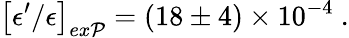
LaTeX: \left[\epsilon^{\prime}/\epsilon\right]_{ex\mathcal{P}}=\left(18\pm4\right)\times10^{-4}\ .